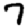
Digit: 7